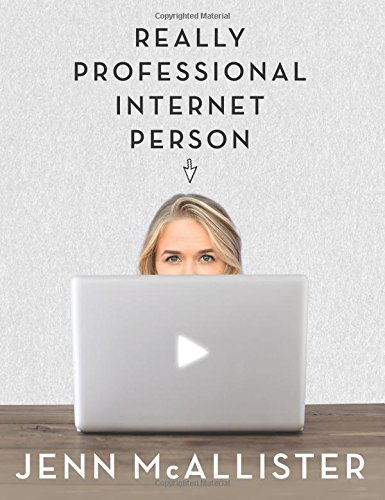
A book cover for Really Professional Internet Person; Jenn McAllister; Humor & Entertainment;